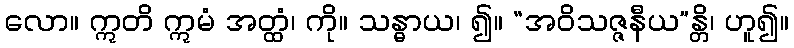
လော။ ဣတိ ဣမံ အတ္ထံ၊ ကို။ သန္ဓာယ၊ ၍။ “အဝိသဇ္ဇနီယ”န္တိ၊ ဟူ၍။